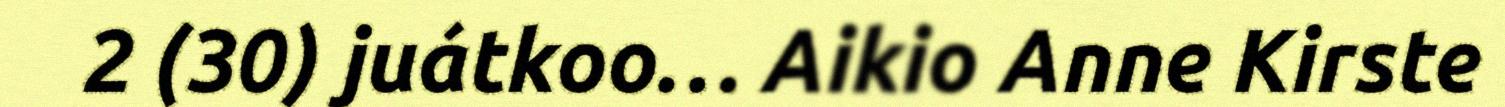
2 (30) juátkoo… Aikio Anne Kirste